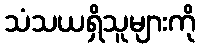
သံသယရှိသူများကို